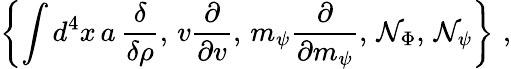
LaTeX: \left\{ \int d^{4}x\, a\, \frac\delta{\delta\rho},\, v\frac\partial{\partial v},\, m_{\psi}\frac\partial{\partial m_{\psi}},\, {\cal N}_{\Phi},\, {\cal N}_{\psi}\right\} \, \, ,